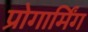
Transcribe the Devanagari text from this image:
प्रोगार्मिंग